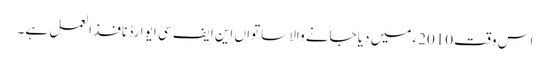
اس وقت 2010ء میں دیا جانے والا ساتواں این ایف سی ایوارڈ نافذ العمل ہے۔